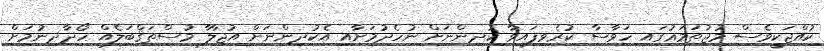
ކުއްޖަކީވެސް މުޖުތަމަޢުގައި ހަވާސާ ކުރެވިފައިވާ ކުދިންނަށް ނުހެދުމަށާއި އެކުދިންނަށް އުޖާލާ މުސްތަޤްބަލެއް ހޯދާދިނުމަަށް